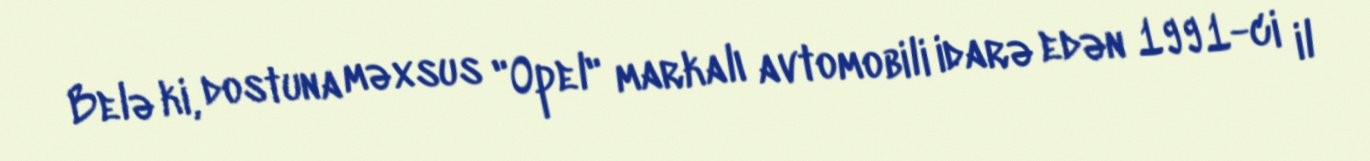
Belə ki, dostuna məxsus "Opel" markalı avtomobili idarə edən 1991-ci il